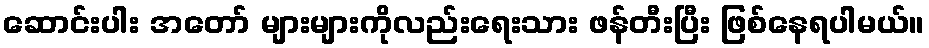
ဆောင်းပါး အတော် များများကိုလည်းရေးသား ဖန်တီးပြီး ဖြစ်နေရပါမယ်။